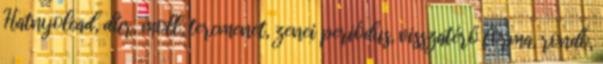
Hatnyolcad, dúr, moll, tercmenet, zenei periódus, visszatérő forma, rondó,